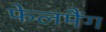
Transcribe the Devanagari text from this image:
फेलमैंग